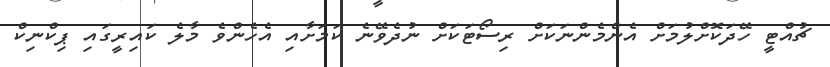
ޗުއްޓީ ހޭދަކޮށްލުމަށް އެންމެންނަކަށް ރިސޯޓަކަށް ނުދެވޭނެ ކަމަށާއި އެހެންވެ މާލެ ކައިރީގައި ޕިކްނިކް